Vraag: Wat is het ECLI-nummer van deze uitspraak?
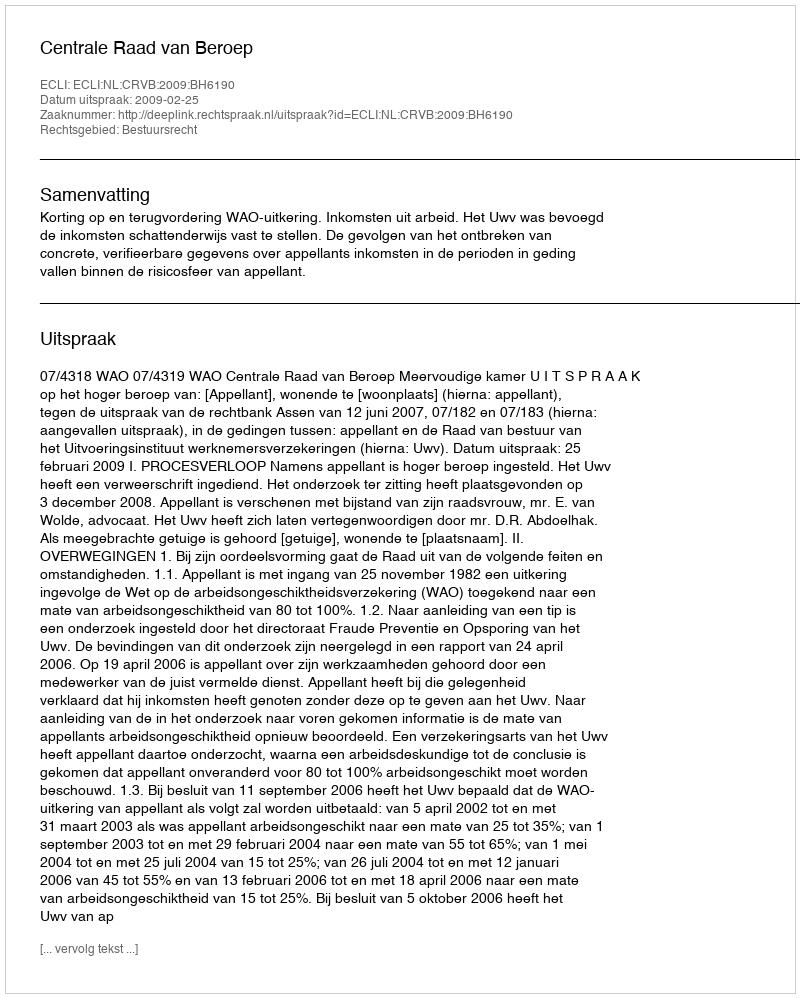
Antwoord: ECLI:NL:CRVB:2009:BH6190